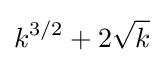
k^{3/2}+2{\sqrt {k}}